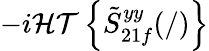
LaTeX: -i\mathcal{HT}\left\{ \tilde{S}_{21f}^{yy}(/)\right\}